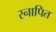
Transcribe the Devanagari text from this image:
स्नापित